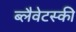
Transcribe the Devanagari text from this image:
ब्लैवेटस्की